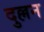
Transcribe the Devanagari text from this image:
दुल्लन